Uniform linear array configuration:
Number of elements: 32
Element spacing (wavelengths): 0.25
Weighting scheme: uniform
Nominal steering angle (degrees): -30
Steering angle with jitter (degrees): -30.569
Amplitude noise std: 0.05
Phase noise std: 0.05

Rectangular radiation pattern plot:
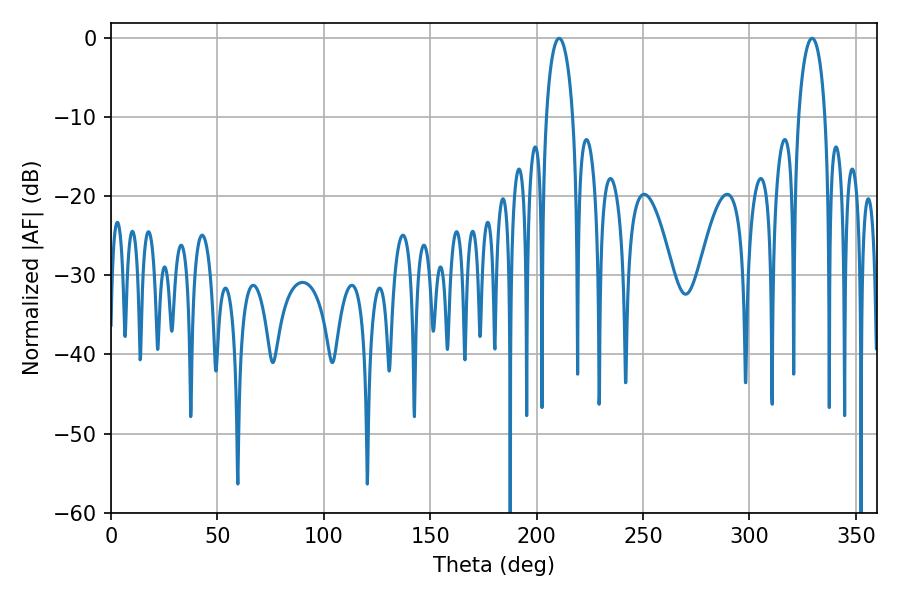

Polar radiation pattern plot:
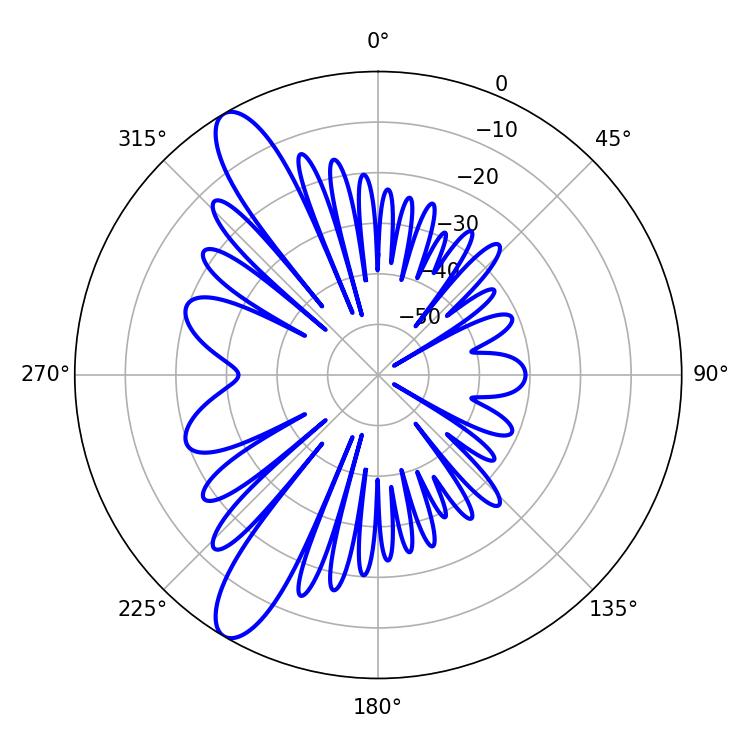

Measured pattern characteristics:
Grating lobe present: FALSE
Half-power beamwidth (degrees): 7.2
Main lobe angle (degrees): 210.6